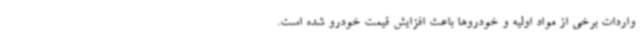
واردات برخی از مواد اولیه و خودروها باعث افزایش قیمت خودرو شده است.